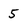
Character: 5